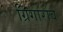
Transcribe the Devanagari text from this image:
ग्रिगोरोव